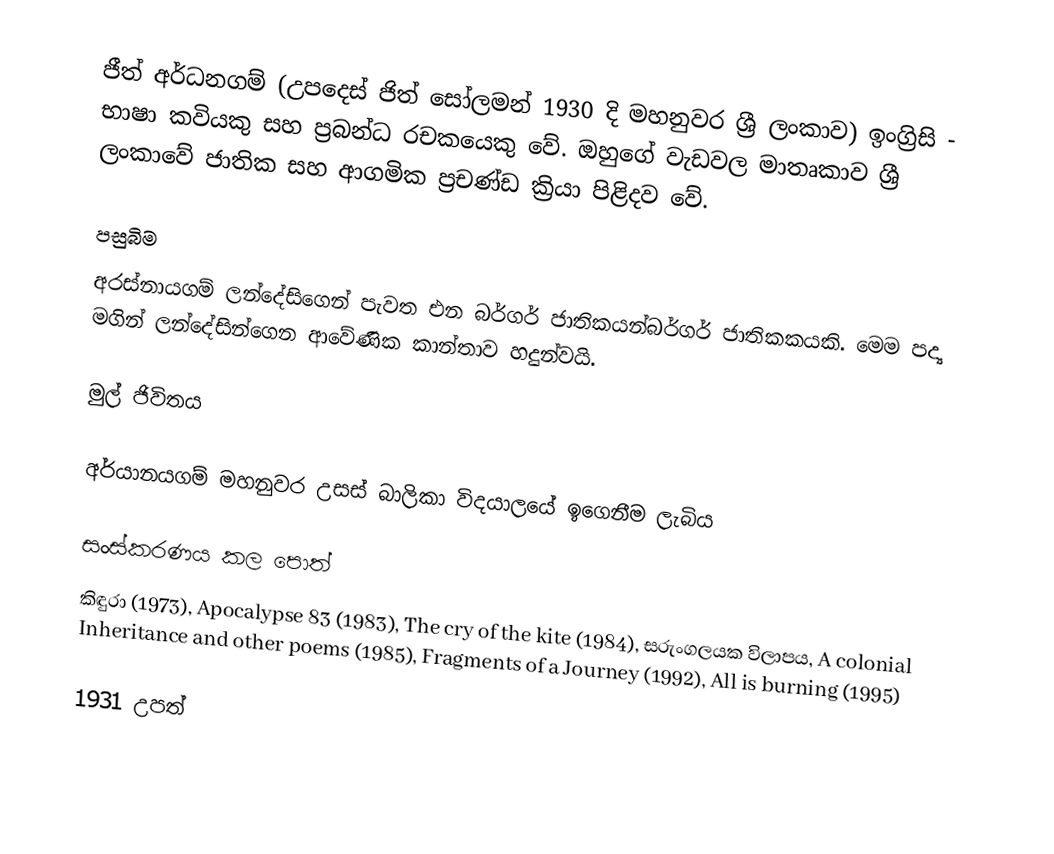
ජීත් අර්ධනගම් (උපදෙස් ජිත් සෝලමන් 1930 දි මහනුවර ශ්‍රී ලංකාව) ඉංග්‍රිසි - භාෂා කවියකු සහ ප්‍රබන්ධ රචකයෙකු වේ. ඔහුගේ වැඩවල මාතෘකාව ශ්‍රී ලංකාවේ ජාතික සහ ආගමික ප්‍රචණ්ඩ ක්‍රියා පිළිදව වේ.

පසුබිම
අරස්නායගම් ලන්දේසිගෙන් පැවත එන බර්ගර් ජාතිකයන්බර්ගර් ජාතිකකයකි. මෙම පද්‍ය මගින් ලන්දේසින්ගෙන ආවේණික කාන්තාව හදුන්වයි.

මුල් ජිවිතය

අර්යානයගම් මහනුවර උසස් බාලිකා විදයාලයේ ඉගෙනීම ලැබිය

සංස්කරණය කල පොත්
කිඳුරා (1973), Apocalypse 83 (1983), The cry of the kite  (1984), සරුංගලයක විලාපය, A colonial Inheritance and other poems (1985), Fragments of a Journey (1992), All is burning (1995)

1931 උපත්